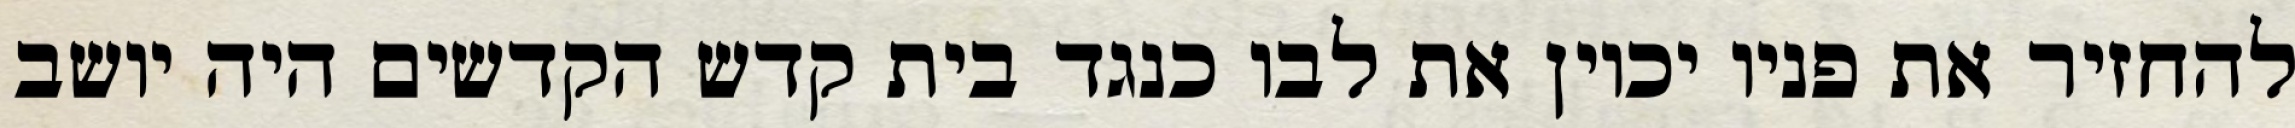
להחזיר את פניו יכוין את לבו כנגד בית קדש הקדשים היה יושב